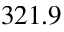
3 2 1 . 9